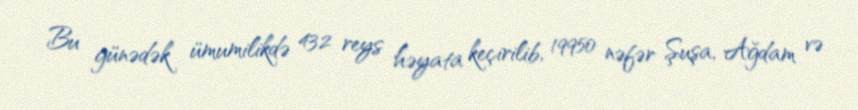
Bu günədək ümumilikdə 432 reys həyata keçirilib, 19950 nəfər Şuşa, Ağdam və